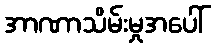
အာဏာသိမ်းမှုအပေါ်